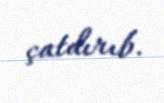
çatdırıb.